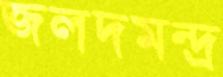
জলদমন্দ্র